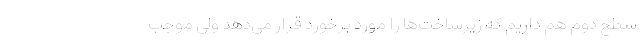
سطح دوم هم داریم که زیرساخت‌ها را مورد برخورد قرار می‌دهد ولی موجب